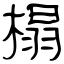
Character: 榻